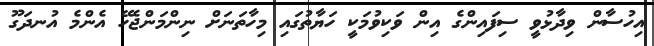
އިހުސާން ވިދާޅުވީ ސިފައިންގެ އިން ވަކިވުމަކީ ހަޔާތުގައި މިހާތަނަށް ނިންމަންޖެހޭ އެންމެ އުނދަގޫ